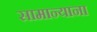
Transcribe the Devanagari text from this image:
सामान्याना